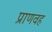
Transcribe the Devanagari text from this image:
प्राणवह